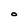
Character: O